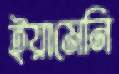
ইয়ামেনি